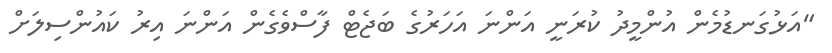
"އަޅުގަނޑުމެން އުންމީދު ކުރަނީ އަންނަ އަހަރުގެ ބަޖެޓް ފާސްވެގެން އަންނަ އިރު ކައުންސިލަށް